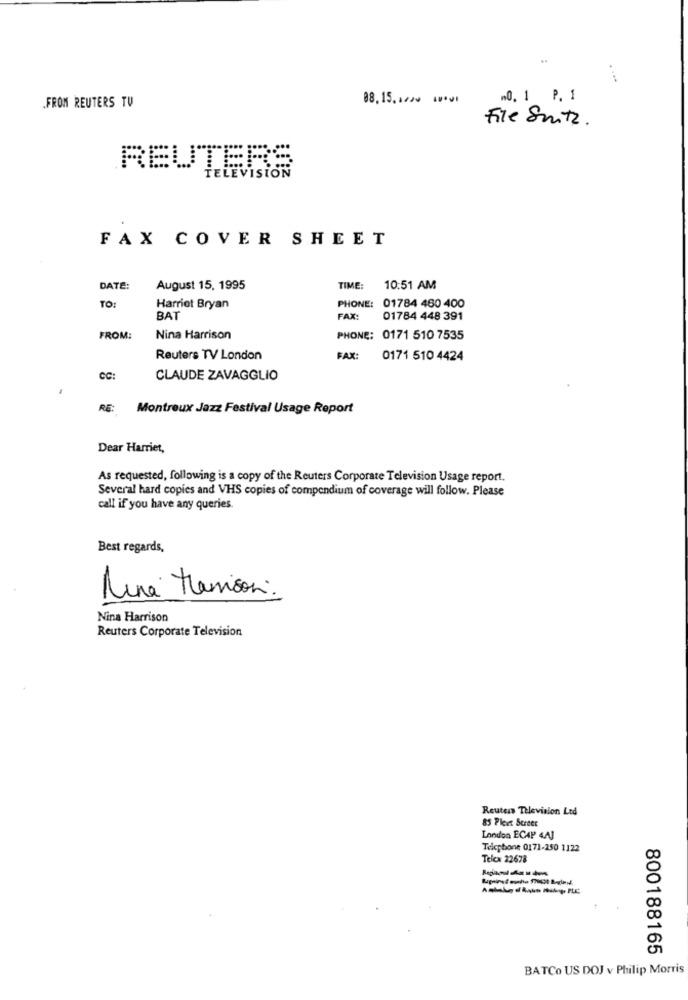
.0. 1 P. 1
.FROM REUTERS TV
File Suitz.
REUTERS
TELEVISION
FAX COVER SHEET
DATE:
August 15, 1995
TIME:
10:51 AM
TO:
Harriet Bryan
PHONE: 01784 460 400
BAT
FAX:
01784 448 391
FROM:
Nina Harrison
PHONE: 0171 510 7535
Reuters TV London
FAX:
0171 510 4424
CC:
CLAUDE ZAVAGGLIO
RE:
Montreux Jazz Festival Usage Report
Dear Harriet,
As requested, following is a copy of the Reuters Corporate Television Usage report.
Several hard copies and VHS copies of compendium of coverage will follow. Please
call if you have any queries.
Best regards,
Rina Harrison:
Nina Harrison
Reuters Corporate Television
Reuters Television Led
85 Pleet Streer
London ECAP 4.AJ
Telephone 0171-250 1122
Telex 22678
800188165
BATCo US DOJ v Philip Morris